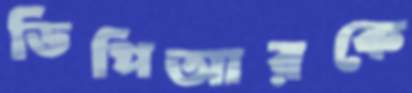
ডিপিআরকে